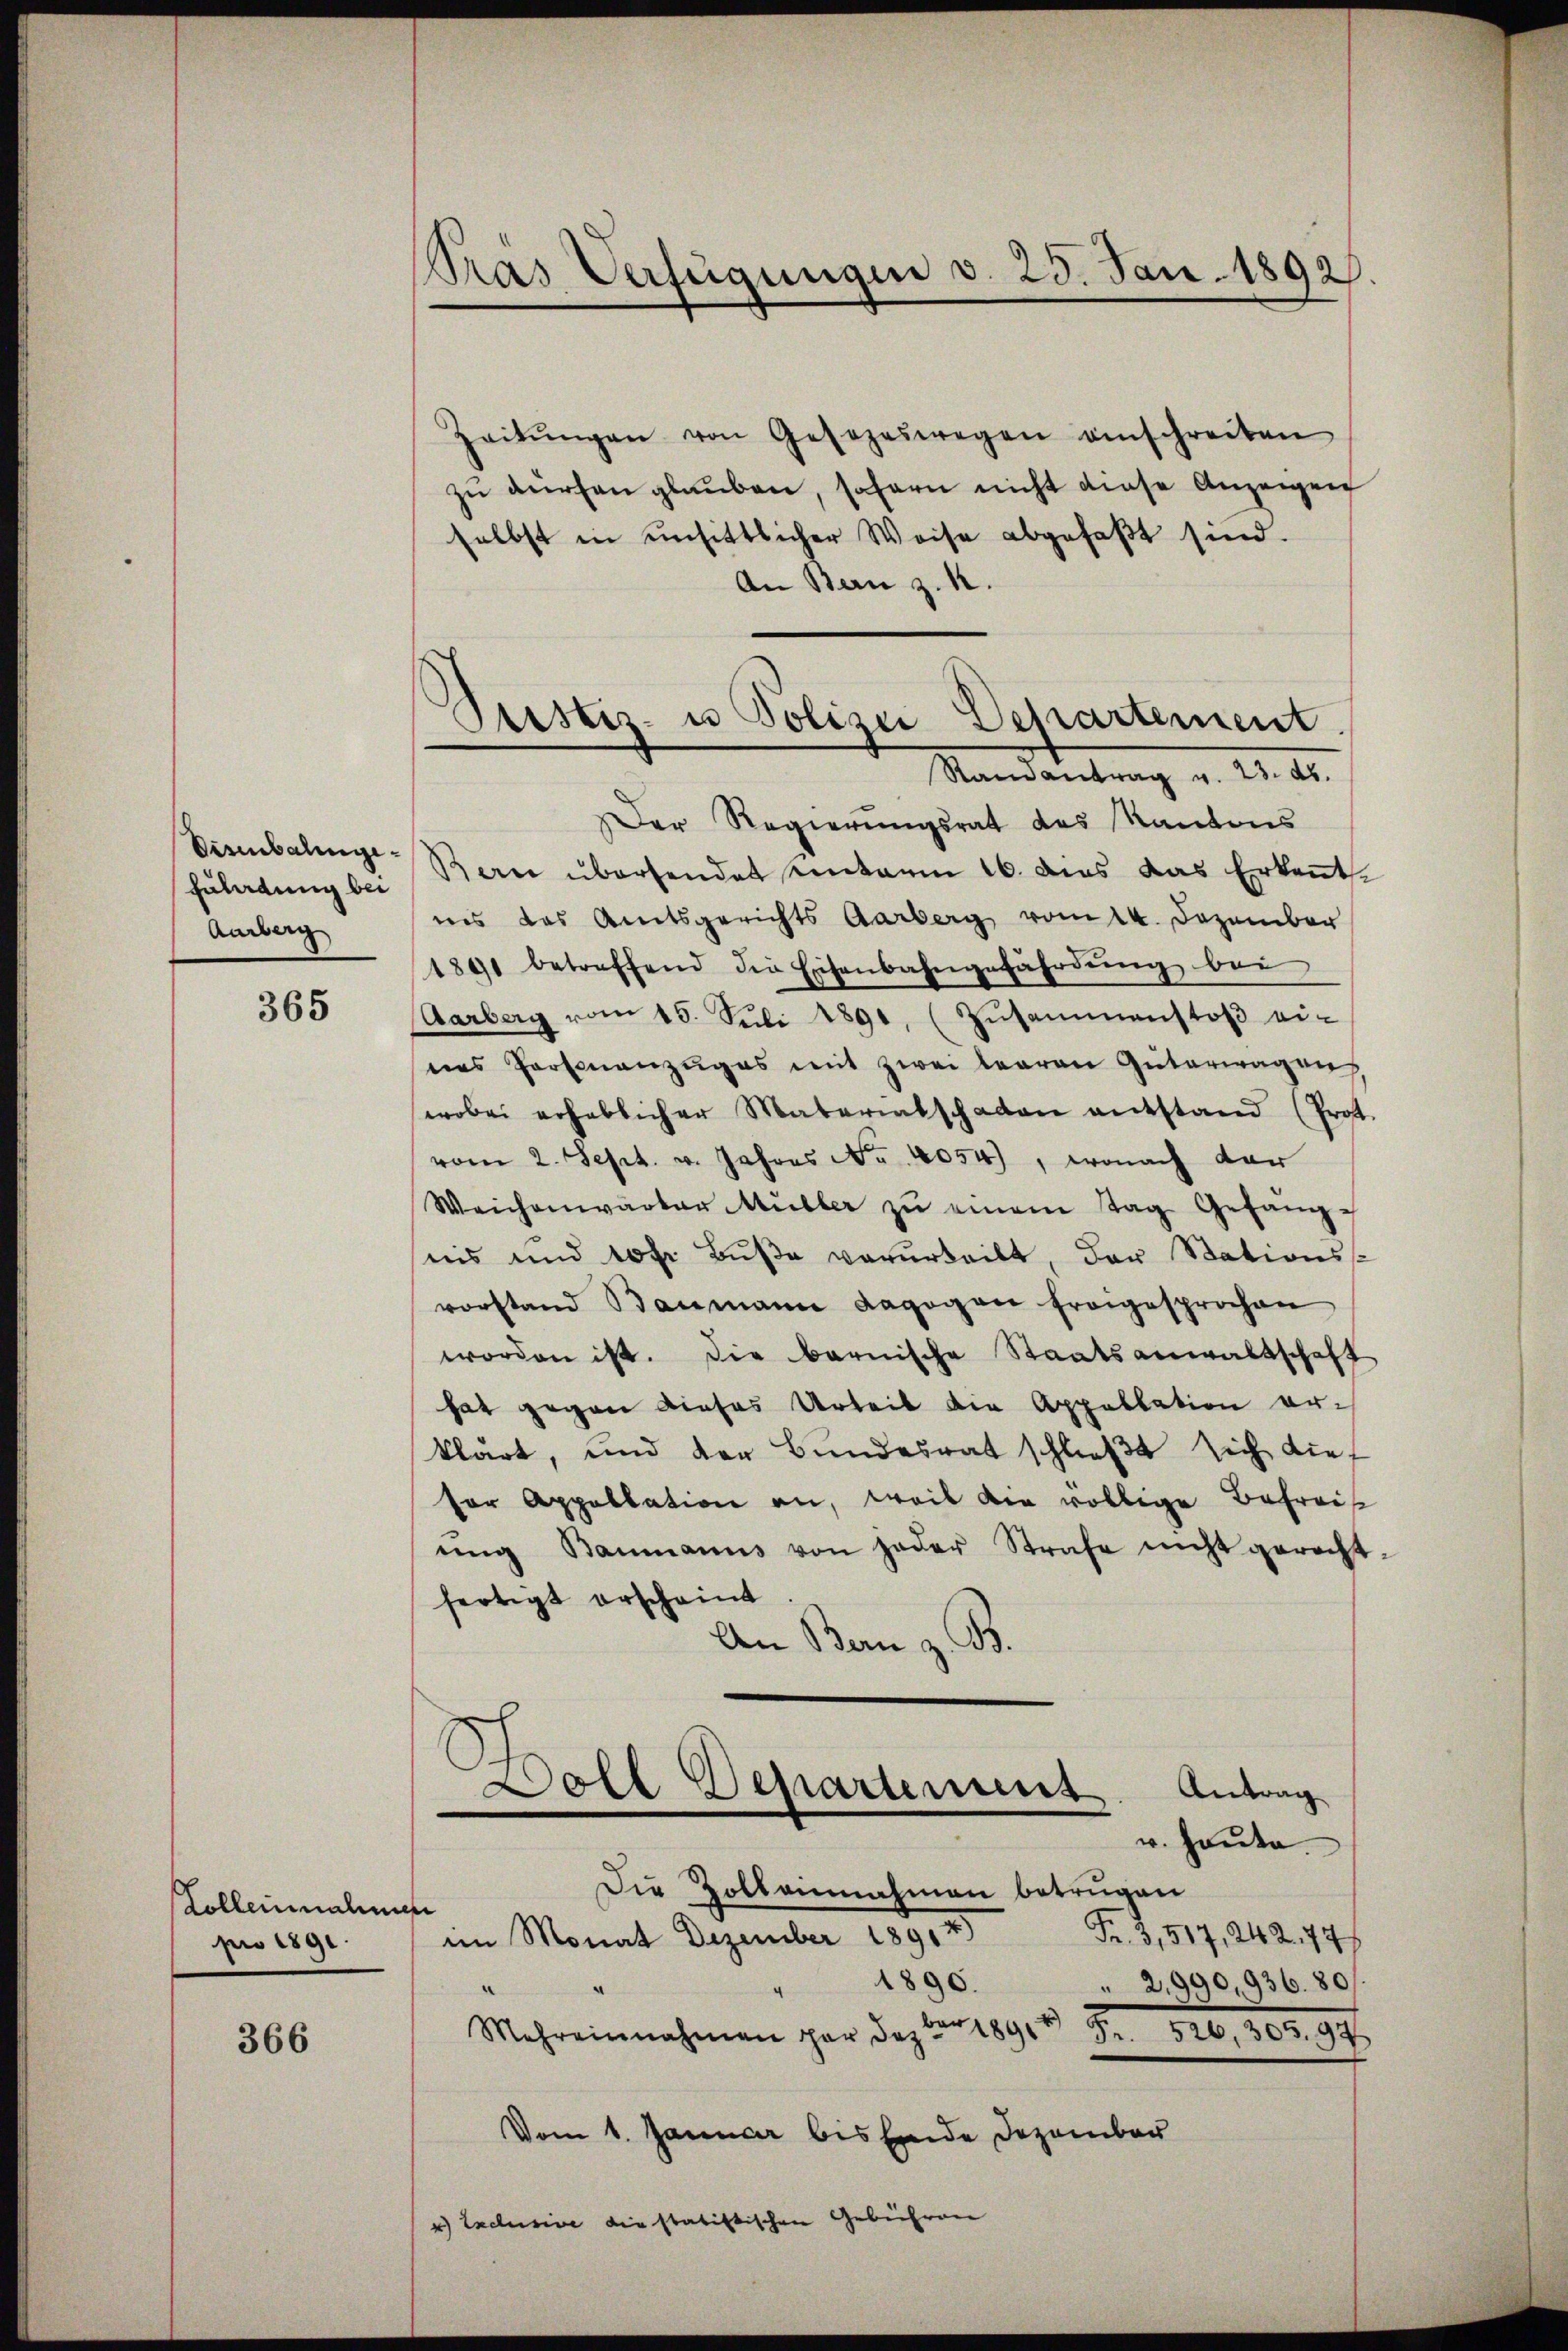
Disenbalinge¬
Fuladung bei
Aarberg

365

Kollenmaline
pro 1891.

366

Pras Verfügungen d. 25. Jan. 1892.

Justiz- u Polizei Departement.
Randantrag v. 23. ds.

Zeitŭngen von Gesezeswegen einschreiten
zŭ dürfen glaŭben, sofern nicht diese Anzeigen
selbst in unsittlicher Weise abgefaβt sind.
An Bern z. B.
Der Regierungsrat des Kantons
Bern übersendet unterm 16. dies das Erkennt.
ins das Amtsgerichts Aarberg vom 14. Dezember
1891 betreffend die Eisenbahngefährdŭng bei
Aarberg vom 15. Jŭli 1891, (Zŭsammenstoβ ei-
nes Personanzŭges mit zwei learen Güterwagen
wobei erheblicher Materiatschaden entstand (Prot.
vom 2. Sept. v. Jahres No 4054), wonach der
Weichenwärter Müller zŭ einem Tag Gefangnis und 10fr. Buße verurteilt, der Stations-
vorstand Baumann dagegen fragesprochen
worden ist. Die barnische Staatsanwaltschaft
hat gegen dieses Urteil die Appellation erklärt, und der Bundesrat schließt sich die
ser Appellation an, weil die völlige Befreis
ŭng Baumanns von jeder Strafe nicht gerecht
fertigt erscheint
An Bern z. B.
Lole Departement Antrag
u. Heute.
Die Zolleinnahmen betrugen
Fr. 3,517, 242. 74
im Monat Dezember 1891 4)
1890.
2,990,936. 80.
Mehreinnahmen par das er 1891 Fr. 526, 305. 97
Vom 1. Januar bis Ende Dezember

4) Exclusive die statistischen Gebühren